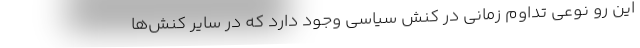
این رو نوعی تداوم زمانی در کنش سیاسی وجود دارد که در سایر کنش‌ها